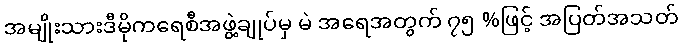
အမျိုးသားဒီမိုကရေစီအဖွဲ့ချုပ်မှ မဲ အရေအတွက် ၇၅ %ဖြင့် အပြတ်အသတ်